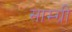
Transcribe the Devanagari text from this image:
साम्ग्री